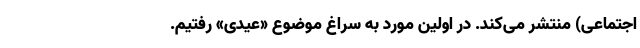
اجتماعی) منتشر می‌کند. در اولین مورد به سراغ موضوع «عیدی» رفتیم.